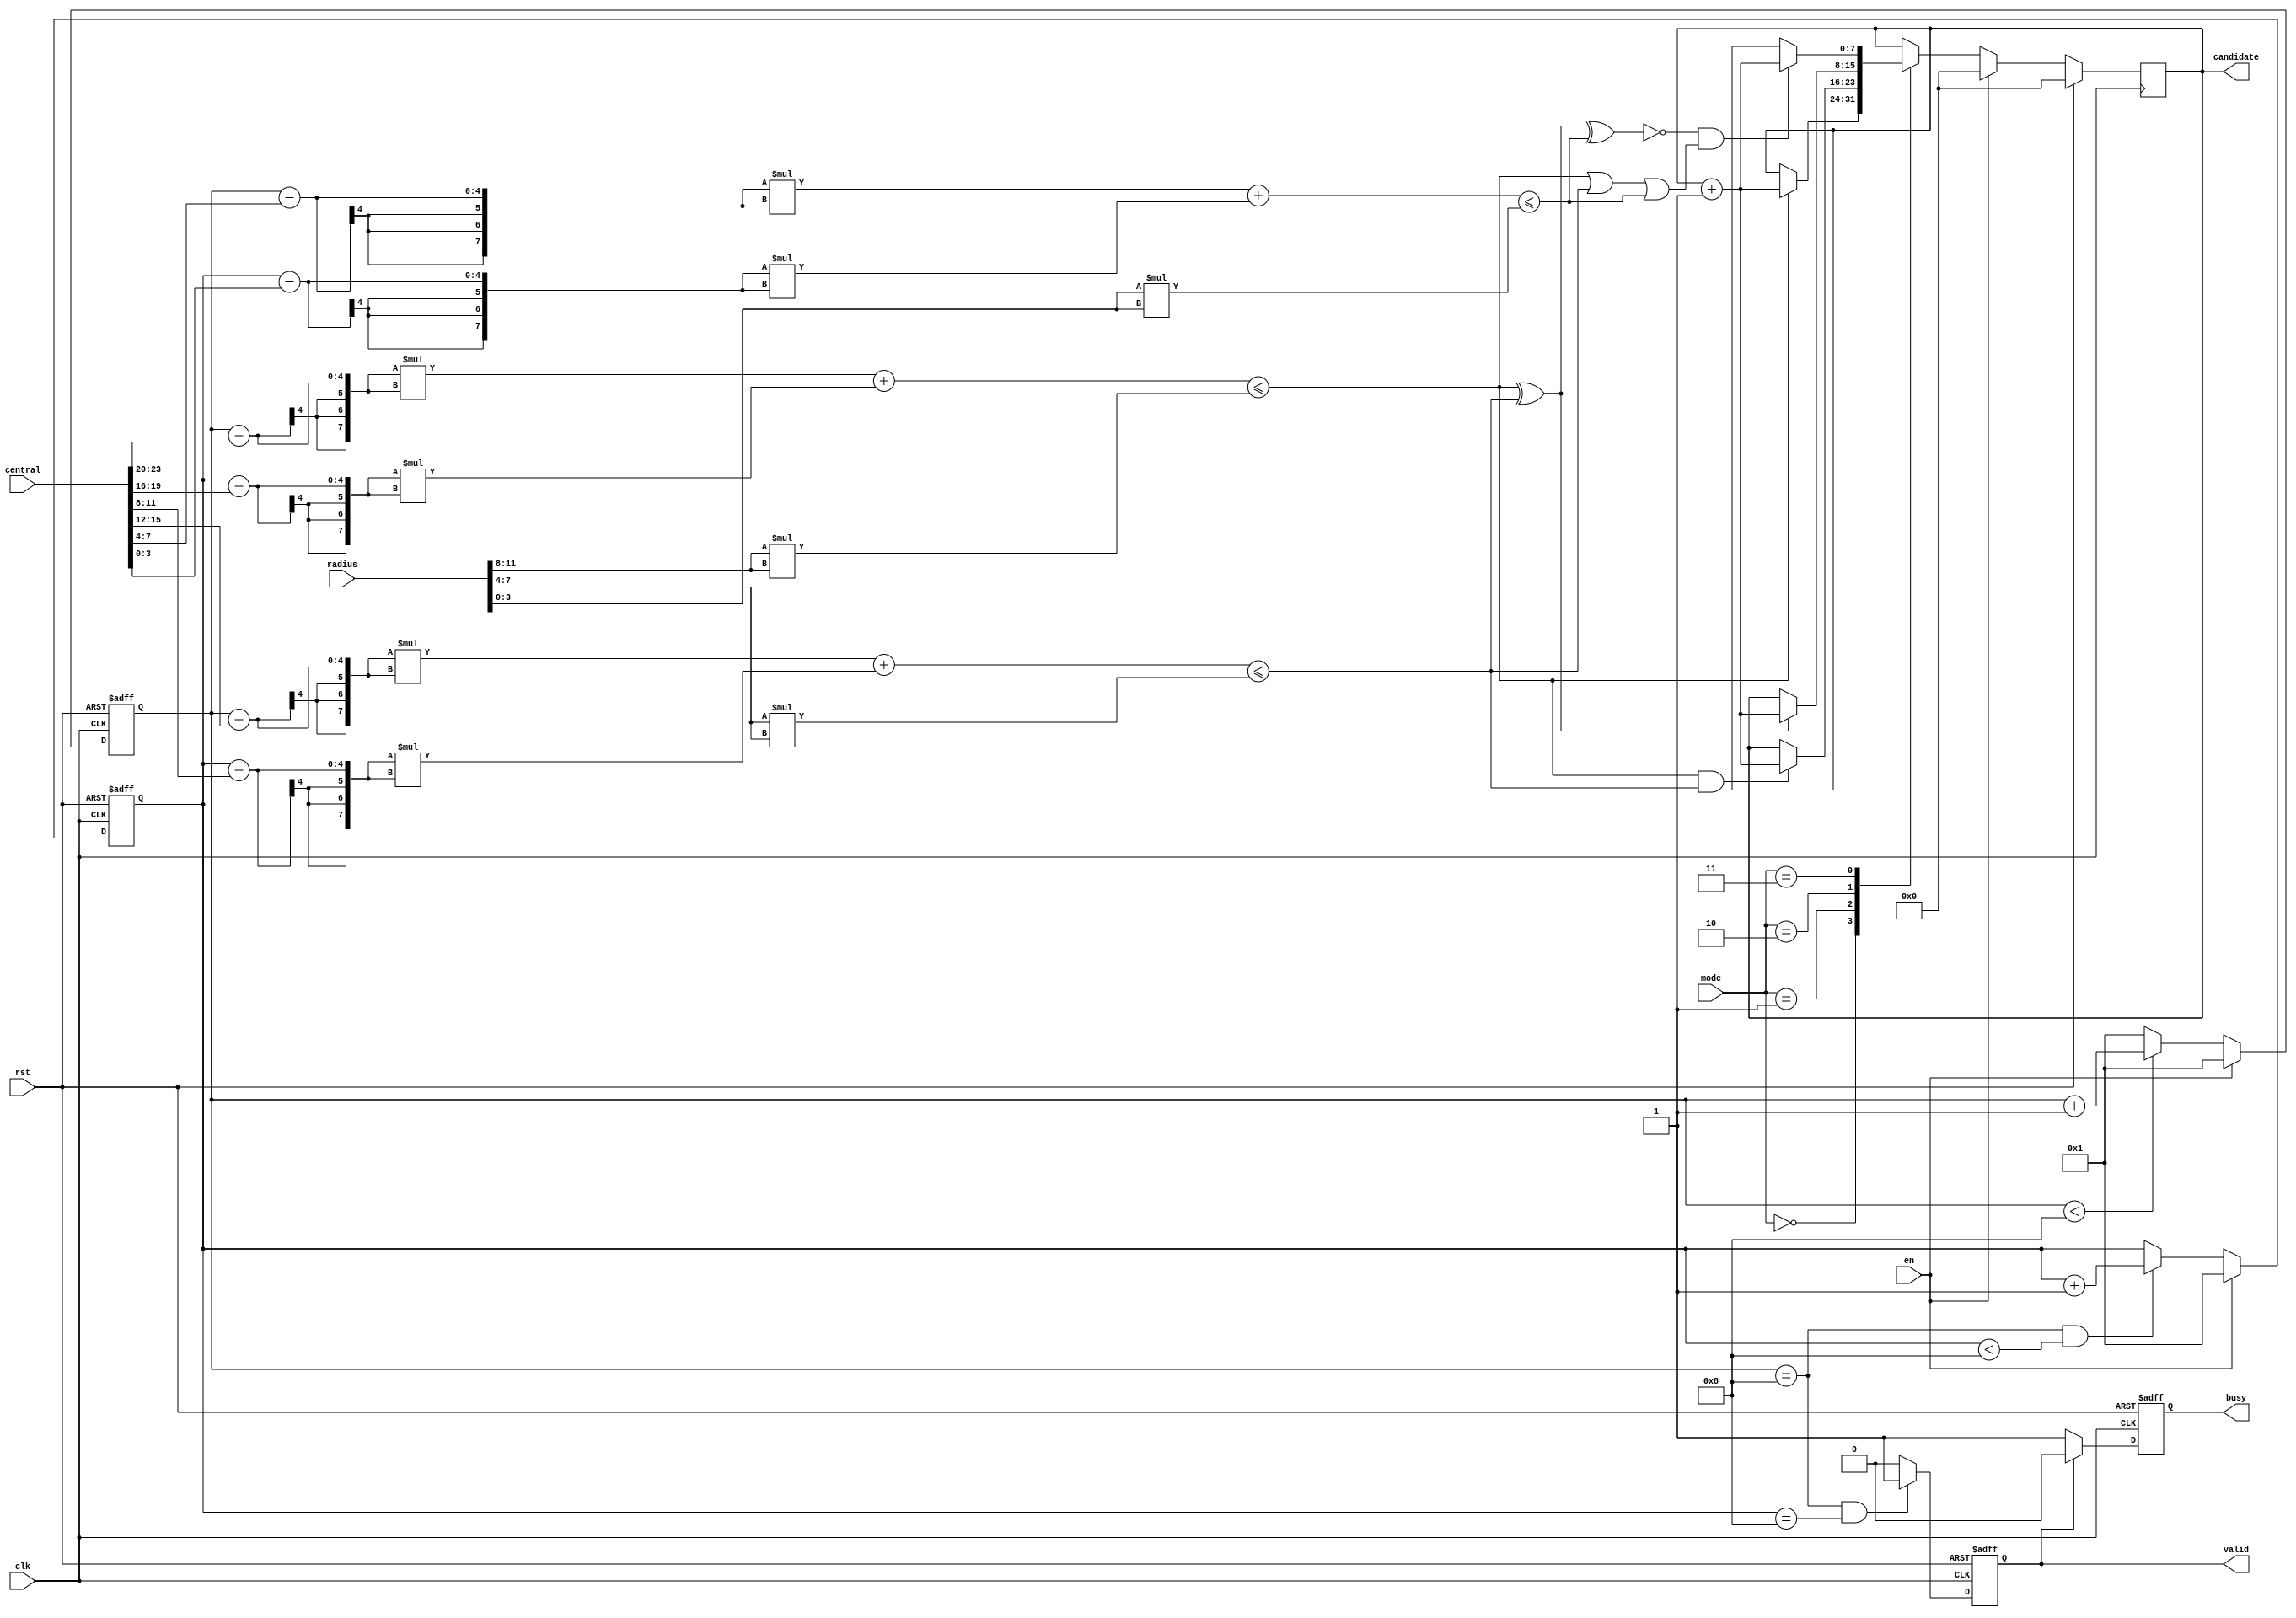
module SET ( clk , rst, en, central, radius, mode, busy, valid, candidate );

input clk, rst;
input en;
input [23:0] central;
input [11:0] radius;
input [1:0] mode;
output busy;
output valid;
output [7:0] candidate;


reg busy;
reg valid;
reg [7:0] candidate;
reg  [3:0] x1,x2,x3,y1,y2,y3;
reg  [3:0] r1,r2,r3;
reg  [3:0] x,y;
wire [7:0]t1,t2,t3;
wire [5:0]rr1,rr2,rr3;
assign t1=((x-x1)*(x-x1)+(y-y1)*(y-y1));
assign t2=((x-x2)*(x-x2)+(y-y2)*(y-y2));
assign t3=((x-x3)*(x-x3)+(y-y3)*(y-y3));
assign rr1=(r1*r1);
assign rr2=(r2*r2);
assign rr3=(r3*r3);

always@(*) begin
		x1 = central[23:20];
		y1 = central[19:16];
		x2 = central[15:12];
		y2 = central[11:8];
		x3 = central[7:4];
		y3 = central[3:0];
		r1 = radius[11:8];
		r2 = radius[7:4];
		r3 = radius[3:0];
end
always@(posedge clk or posedge rst)begin
	if(rst) begin
		x<=1;
	end
	else if(en) begin
		x<=1;
	end
	else begin
		if(x<8)
			x<=x+1;
		else
			x<=1;
	end
end
always@(posedge clk or posedge rst)begin
	if(rst) begin
		y<=1;
	end
	else if(en) begin
		y<=1;
	end
	else begin
		if(x==8 && y<8)
			y<=y+1;
	end
end
always@(posedge clk)begin
	if(rst) begin
		candidate<=0;
	end
	else if(en) begin
		candidate<=0;
	end
	else begin
		case(mode)
		2'b00: begin
				if(t1<=rr1)
					candidate<=candidate+1;
			end
		2'b01:begin
				if((t1<=rr1) && (t2<=rr2))
					candidate<=candidate+1;
			end
		2'b10:begin
				if((t1<=rr1) ^ (t2<=rr2))
					candidate<=candidate+1;
			end
		2'b11:begin
				if(!(((t1<=rr1)^(t2<=rr2))^(t3<=rr3)) && (((t1<=rr1)||(t2<=rr2))||(t3<=rr3)))
					candidate<=candidate+1;
			end
		endcase
	end
end 
always@(posedge clk or posedge rst)begin
	if(rst) begin
		valid<=0;
	end
	else if(x==8 && y==8) begin
		valid<=1;
	end
	else begin
		valid<=0;
	end
end
always@(posedge clk or posedge rst)begin
	if(rst) begin
		busy<=0;
	end
	else if(valid) begin
		busy<=0;
	end
	else begin
		busy<=1;
	end
end


endmodule